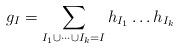
LaTeX: \begin{align*}g_{I}=\sum_{I_{1}\cup\dots\cup I_{k}=I}h_{I_{1}}\dots h_{I_{k}}\,\end{align*}